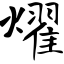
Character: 燿